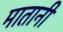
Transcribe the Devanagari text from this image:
मातानी